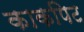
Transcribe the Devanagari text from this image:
काकपिट